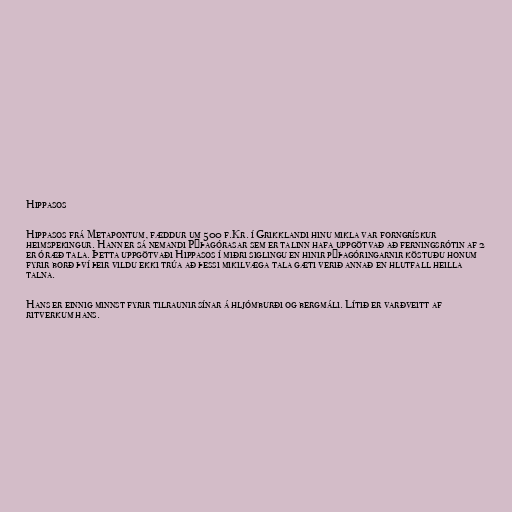
Hippasos

Hippasos frá Metapontum, fæddur um 500 f.Kr. í Grikklandi hinu mikla var forngrískur
heimspekingur. Hann er sá nemandi Pýþagórasar sem er talinn hafa uppgötvað að ferningsrótin af 2
er óræð tala. Þetta uppgötvaði Hippasos í miðri siglingu en hinir pýþagóringarnir köstuðu honum
fyrir borð því þeir vildu ekki trúa að þessi mikilvæga tala gæti verið annað en hlutfall heilla
talna.

Hans er einnig minnst fyrir tilraunir sínar á hljómburði og bergmáli. Lítið er varðveitt af
ritverkum hans.